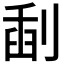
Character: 𠝞